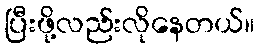
ပြီးဖို့လည်းလိုနေတယ်။